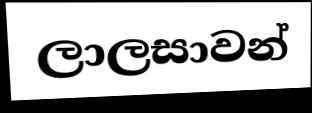
ලාලසාවන්